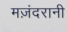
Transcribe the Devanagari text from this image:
मज़ंदरानी